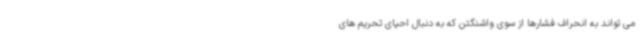
می تواند به انحراف فشارها از سوی واشنگتن که به دنبال احیای تحریم های